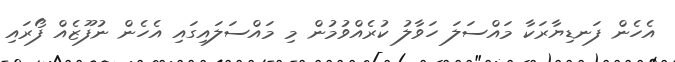
އެހެން ފަނޑިޔާރަކާ މައްސަލަ ހަވާލު ކުރެއްވުމުން މި މައްސަލައިގައި އެހެން ނުފޫޒެއް ފޯރައި